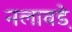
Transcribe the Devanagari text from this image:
नलावडे़